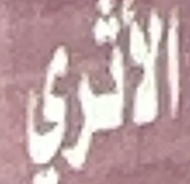
الاثري